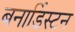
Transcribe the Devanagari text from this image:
बनार्डिस्टन